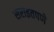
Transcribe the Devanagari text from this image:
सराइतपणे